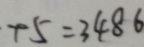
+ 5 = 3 4 8 6